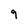
Character: 9